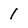
Character: 1